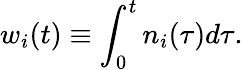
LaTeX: w_{i}(t)\equiv\int_{0}^{t}n_{i}(\tau)d\tau.